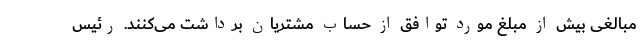
مبالغی بیش از مبلغ مورد توافق از حساب مشتریان برداشت می‌کنند. رئیس